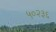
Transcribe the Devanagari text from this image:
५०२३६